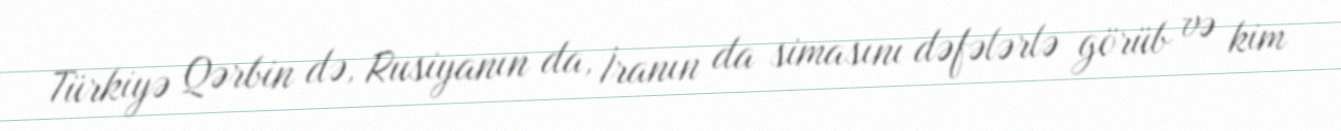
Türkiyə Qərbin də, Rusiyanın da, İranın da simasını dəfələrlə görüb və kim